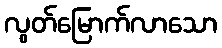
လွတ်မြောက်လာသော